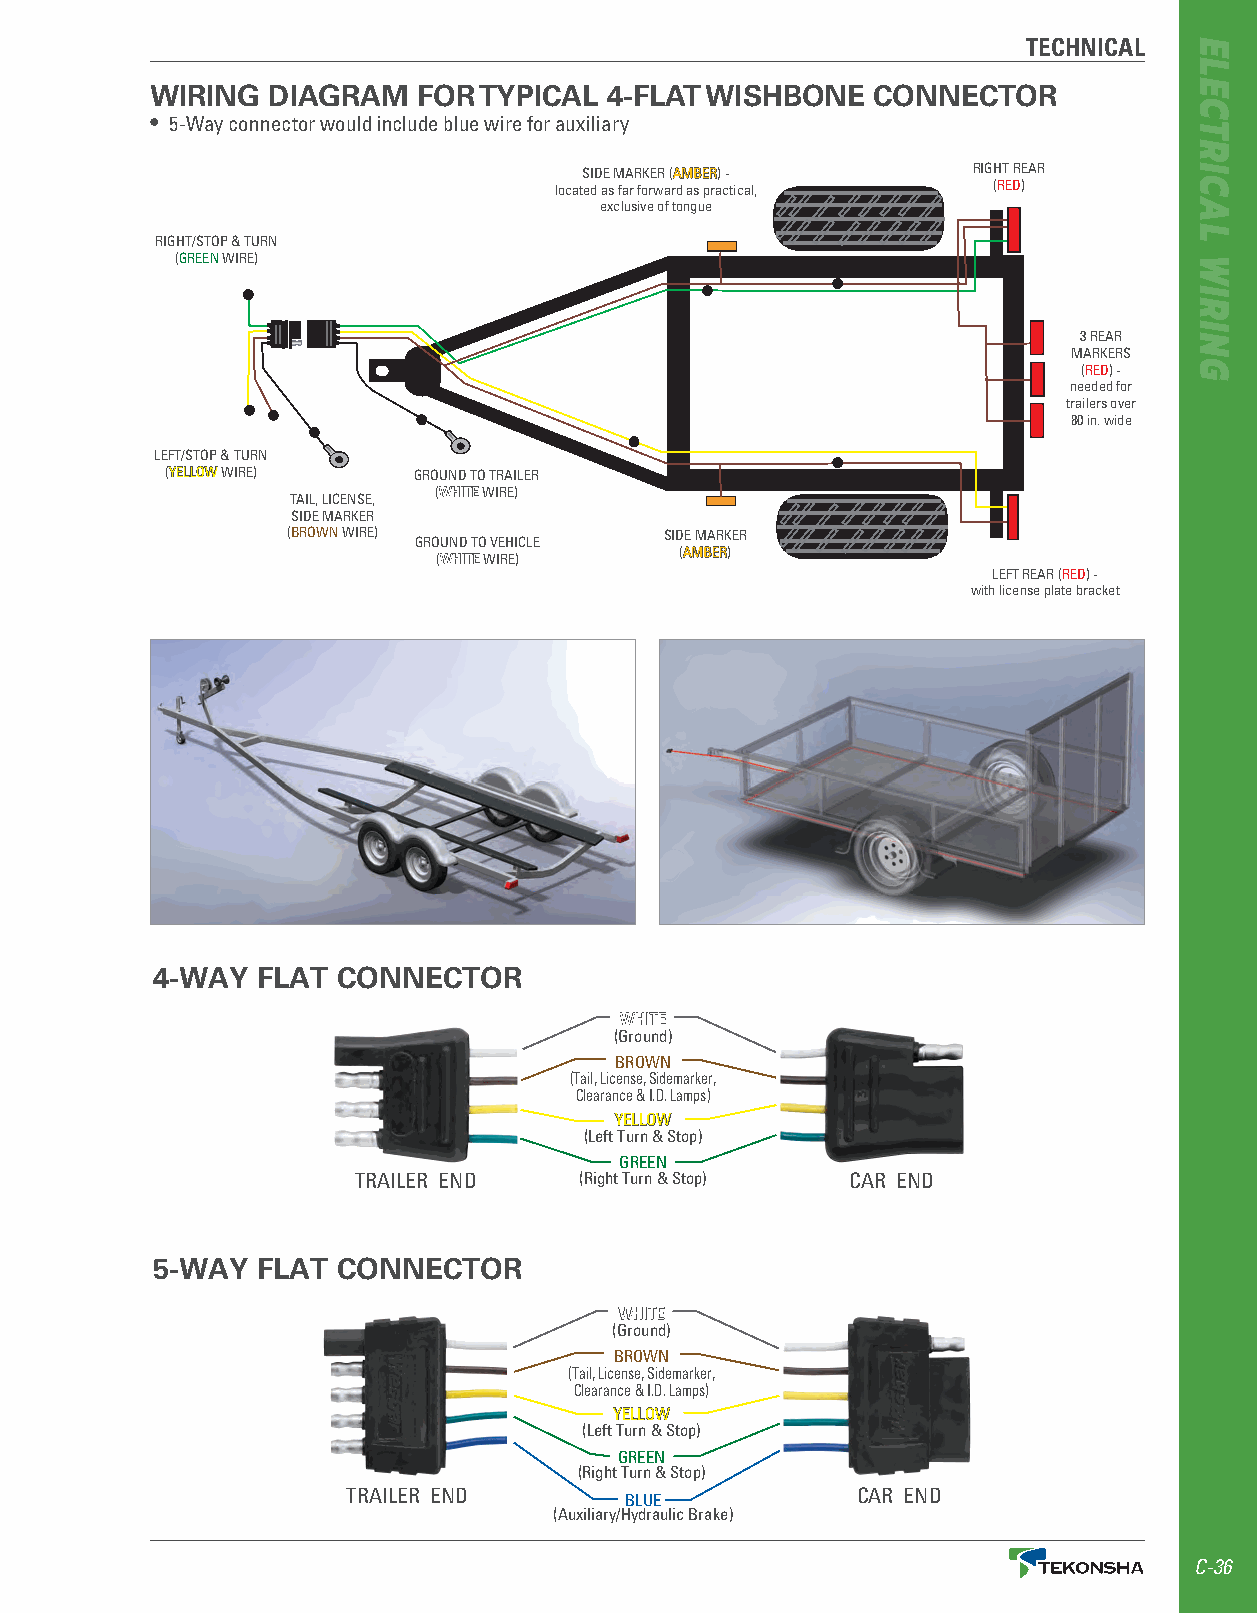
TECHNICAL
 WIRING  DIAGRAM   FOR TYPICAL 4-FLAT WISHBONE   CONNECTOR
 • 5-Way connector would include blue wire for auxiliary
 SIDE MARKER (AAMMBBEERR) - RIGHT REAR
 located as far forward as practical, (RED)
 exclusive of tongue
 RIGHT/STOP & TURN
 (GREEN WIRE)
 3 REAR
 MARKERS
 (RED) -
 needed for
 trailers over
 80 in . wide
 LEFT/STOP & TURN
 (YYEELLLLOOWW WIRE) GROUND TO TRAILER
 (WWHHIITTEE WIRE)
 TAIL, LICENSE,
 SIDE MARKER
 (BROWN WIRE)             SIDE MARKER
 GROUND TO VEHICLE
 (AAMMBBEERR)
 (WWHHIITTEE WIRE)
 LEFT REAR (RED) -
 with license plate bracket
 4-WAY  FLAT CONNECTOR
 WWHHIITTEE
 (Ground)
 BROWN
 (Tail, License, Sidemarker,
 Clearance & I .D . Lamps)
 YYEELLLLOOWW
 (Left Turn & Stop)
 GREEN
 TRAILER END    (Right Turn & Stop) CAR END
 5-WAY  FLAT CONNECTOR
 WWHHIITTEE
 (Ground)
 BROWN
 (Tail, License, Sidemarker,
 Clearance & I .D . Lamps)
 YYEELLLLOOWW
 (Left Turn & Stop)
 GREEN
 (Right Turn & Stop)
 TRAILER END       BLUE            CAR END
 (Auxiliary/Hydraulic Brake)
 C-36
 ELECTRICAL
 WIRING